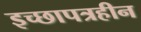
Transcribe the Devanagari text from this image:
इच्छापत्रहीन